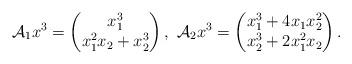
LaTeX: \begin{gather*} \mathcal{A}_{1}x^{3} = \begin{pmatrix} x_{1}^{3} \\x_{1}^{2}x_{2}+x_{2}^{3} \end{pmatrix},~ \mathcal{A}_{2}x^{3} = \begin{pmatrix} x_{1}^{3} +4x_{1}x_{2}^{2} \\x_{2}^{3} +2x_{1}^{2}x_{2} \end{pmatrix}. \end{gather*}